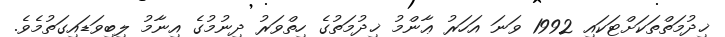
ޚިދުމަތްތަކަށްޓަކައި 1992 ވަނަ އަހަރު ޢާންމު ޚިދުމަތުގެ ހިތްވަރު ދިނުމުގެ އިނާމު ލިބިވަޑައިގަތުމެވެ.